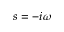
s = - i \omega